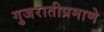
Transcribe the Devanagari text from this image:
गुजरातीप्रमाणे